Subject: stat
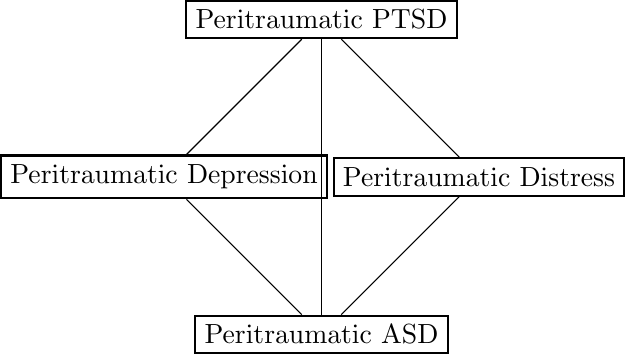
LaTeX code:
        \begin{tikzpicture}
            \begin{scope}[every node/.style={thick,draw}]
                 \node (dp) at (0, 0) {Peritraumatic Depression};
                 \node (ptsd) at (2, 2) {Peritraumatic PTSD};
                 \node (asd) at (2, -2) {Peritraumatic ASD};
                 \node (dt) at (4, 0) {Peritraumatic Distress};
             \end{scope}
             \begin{scope}
                 \path (dp) edge node {} (ptsd);
                 \path (ptsd) edge node {} (dt);
                 \path (asd) edge node {} (dp);
                 \path (asd) edge node {} (ptsd);
                 \path (dt) edge node {} (asd);
             \end{scope}
         \end{tikzpicture}